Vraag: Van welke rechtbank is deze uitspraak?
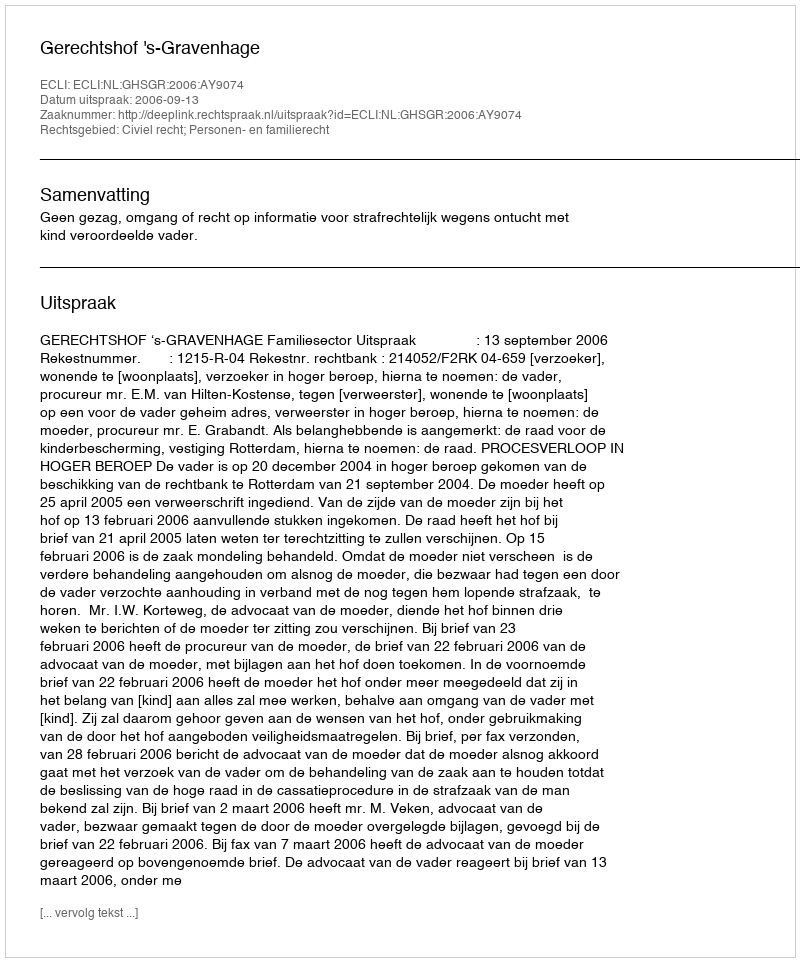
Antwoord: Gerechtshof 's-Gravenhage